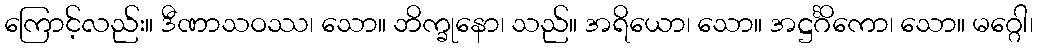
ကြောင့်လည်း။ ဒီဏာသဝဿ၊ သော။ ဘိက္ခုနော၊ သည်။ အရိယော၊ သော။ အဋ္ဌင်္ဂိကော၊ သော။ မဂ္ဂေါ၊